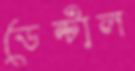
ডেন্টাল